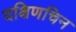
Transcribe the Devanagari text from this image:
दक्षिणचिन